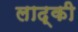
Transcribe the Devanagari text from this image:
लाद्की